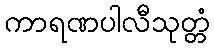
ကာရဏပါလီသုတ္တံ